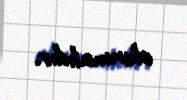
olunmalıdır.